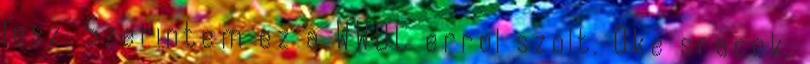
lesz. Szerintem ez a WWDC errol szolt. Oke sracok,